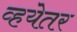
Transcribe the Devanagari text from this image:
व्हयेतर